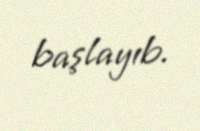
başlayıb.